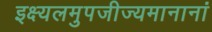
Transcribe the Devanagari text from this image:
इक्ष्यलमुपजीज्यमानानां